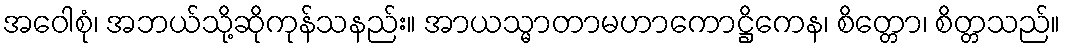
အဝေါစုံ၊ အဘယ်သို့ဆိုကုန်သနည်း။ အာယသ္မာတာမဟာကောဋ္ဌိကေန၊ စိတ္တော၊ စိတ္တသည်။